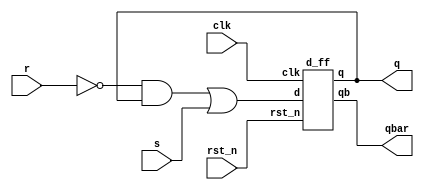
`timescale 1ns / 1ps

module sr_by_D(
    output q,qbar,
    input s, r, rst_n, clk
    );
    wire d;
    assign d = (~r & q) | s; 
    d_ff ff1(q, qbar, d, rst_n, clk);
endmodule

module d_ff(
    output reg q,
    output reg qb,
    input d,
    input rst_n,
    input clk
    );

    always @(posedge clk or negedge rst_n)
        if (!rst_n)
        begin
            q <= 0;
            qb <= 1;
        end
        else
        begin
            q <= d;
            qb <= ~d;
        end
        initial q = 0;

endmodule